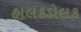
હાલકડોલક